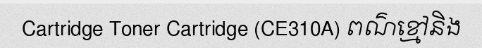
Cartridge Toner Cartridge (CE310A) ពណ៌ខ្មៅនិង